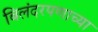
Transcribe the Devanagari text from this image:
बिलंदरपणाच्या